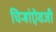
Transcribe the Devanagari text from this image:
चिन्हांऐवजी